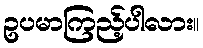
ဥပမာကြည့်ပါလား။